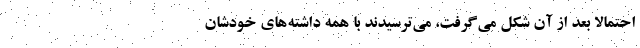
احتمالا بعد از آن شکل می‌گرفت، می‌ترسیدند با همه داشته‌های خودشان